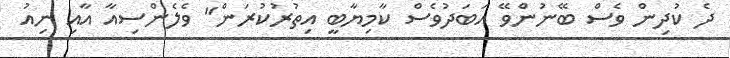
ދެ ކުދިން ވެސް ބޭނުންވޭ އަބަދުވެސް ކާމިޔާބީ އިތުރުކުރަން" ވެެލެންސިއާ އާއި ނިއު